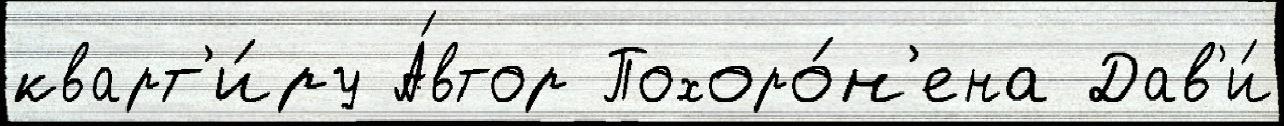
кварт'и́ру А́втор Похоро́н'ена Дав'и́